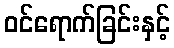
ဝင်ရောက်ခြင်းနှင့်